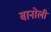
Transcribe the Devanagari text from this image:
बानोली